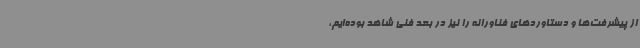
از پیشرفت‌ها و دستاوردهای فناورانه را نیز در بعد فنی شاهد بوده‌ایم،